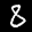
Label: 8